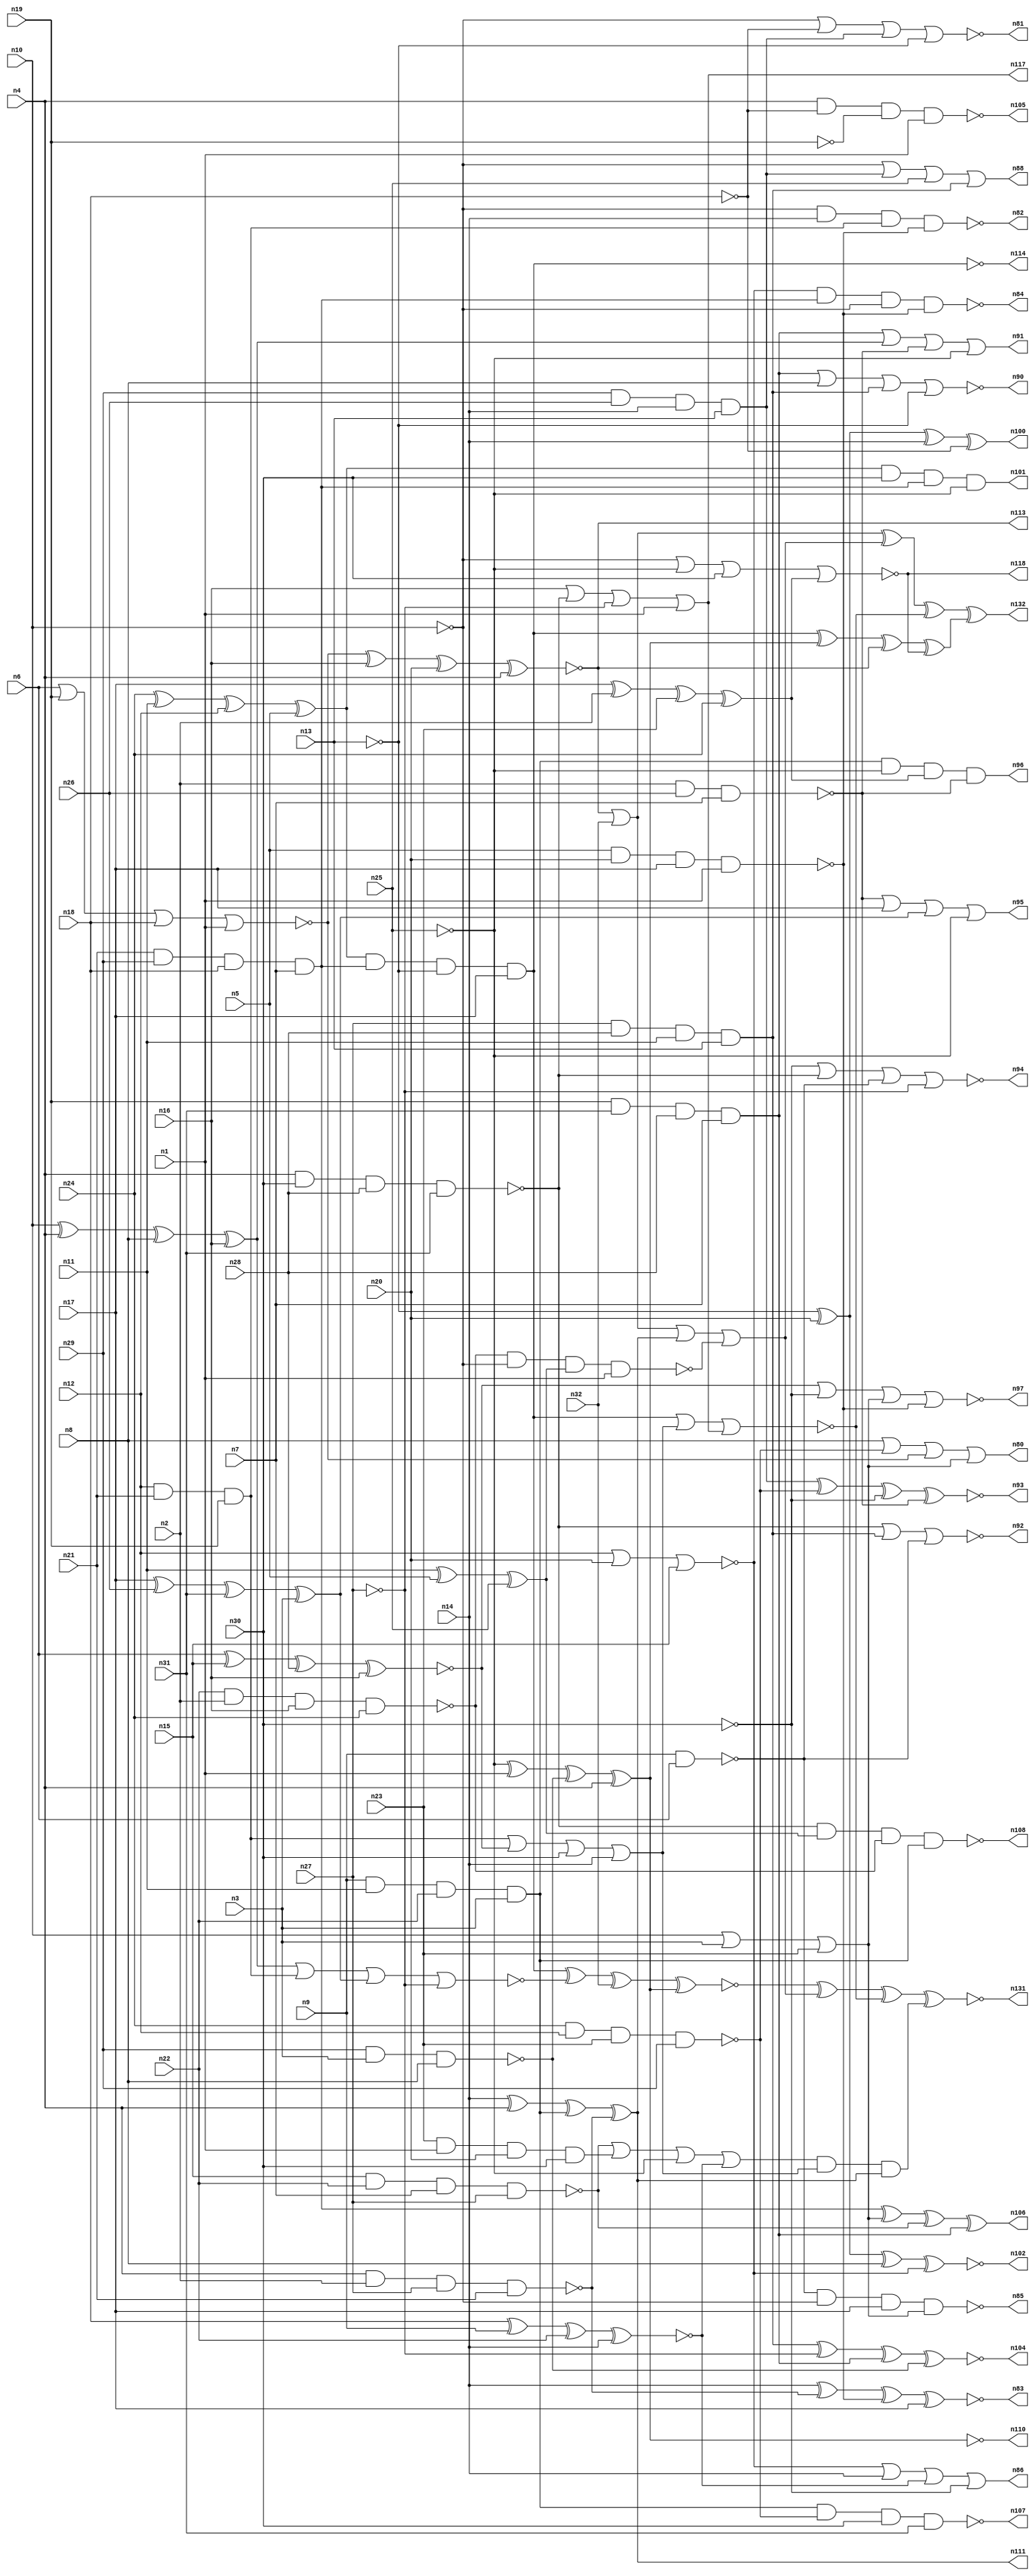
// Benchmark C:\Users\Lucas Nestor\Documents\osu\sp21\esl\circuit_generation\Stats\4_6_generated_stats\Stat_100_510 written by SynthGen on 2021/04/05 11:08:38
module Stat_100_510( n1, n2, n3, n4, n5, n6, n7, n8,
 n9, n10, n11, n12, n13, n14, n15, n16,
 n17, n18, n19, n20, n21, n22, n23, n24,
 n25, n26, n27, n28, n29, n30, n31, n32,
 n86, n96, n117, n111, n81, n80, n108, n97,
 n92, n85, n94, n93, n106, n114, n107, n104,
 n95, n113, n102, n110, n90, n84, n82, n91,
 n88, n83, n118, n101, n105, n100, n132, n131);

input n1, n2, n3, n4, n5, n6, n7, n8,
 n9, n10, n11, n12, n13, n14, n15, n16,
 n17, n18, n19, n20, n21, n22, n23, n24,
 n25, n26, n27, n28, n29, n30, n31, n32;

output n86, n96, n117, n111, n81, n80, n108, n97,
 n92, n85, n94, n93, n106, n114, n107, n104,
 n95, n113, n102, n110, n90, n84, n82, n91,
 n88, n83, n118, n101, n105, n100, n132, n131;

wire n33, n34, n35, n36, n37, n38, n39, n40,
 n41, n42, n43, n44, n45, n46, n47, n48,
 n49, n50, n51, n52, n53, n54, n55, n56,
 n57, n58, n59, n60, n61, n62, n63, n64,
 n65, n66, n67, n68, n69, n70, n71, n72,
 n73, n74, n75, n76, n77, n78, n79, n87,
 n89, n98, n99, n103, n109, n112, n115, n116,
 n119, n120, n121, n122, n123, n124, n125, n126,
 n127, n128, n129, n130;

not  g0 (n38, n13);
not  g1 (n48, n13);
buf  g2 (n37, n25);
not  g3 (n52, n27);
not  g4 (n71, n25);
buf  g5 (n54, n14);
buf  g6 (n50, n8);
buf  g7 (n55, n14);
buf  g8 (n56, n20);
buf  g9 (n65, n1);
not  g10 (n69, n10);
buf  g11 (n74, n17);
not  g12 (n40, n19);
not  g13 (n53, n30);
not  g14 (n75, n25);
not  g15 (n68, n18);
buf  g16 (n76, n30);
buf  g17 (n42, n31);
not  g18 (n61, n10);
buf  g19 (n77, n4);
buf  g20 (n46, n16);
or   g21 (n59, n10, n3, n23);
and  g22 (n36, n23, n1, n20, n30);
and  g23 (n66, n29, n26, n14, n13);
xor  g24 (n34, n17, n2, n23, n24);
and  g25 (n57, n19, n31, n28, n7);
xor  g26 (n79, n17, n26, n31, n3);
and  g27 (n62, n9, n11, n22, n3);
xnor g28 (n63, n6, n15, n28, n16);
nor  g29 (n45, n6, n19, n18, n1);
xor  g30 (n35, n10, n4, n8, n16);
xnor g31 (n43, n18, n9, n22, n14);
nand g32 (n67, n24, n12, n23, n29);
xor  g33 (n33, n11, n5, n25);
xor  g34 (n41, n24, n11, n12, n5);
and  g35 (n64, n21, n29, n18, n7);
nand g36 (n51, n9, n6);
and  g37 (n72, n12, n21, n19);
nand g38 (n70, n5, n20, n17, n1);
nand g39 (n44, n22, n2, n16, n24);
and  g40 (n73, n27, n28, n11, n13);
nand g41 (n60, n29, n3, n8);
nand g42 (n39, n15, n22, n7, n27);
nand g43 (n58, n4, n30, n28, n31);
nor  g44 (n78, n12, n20, n15);
nand g45 (n47, n4, n2, n27, n21);
nand g46 (n49, n2, n26, n7);
nor  g47 (n94, n53, n58, n51, n52);
or   g48 (n80, n50, n67, n45, n59);
nor  g49 (n97, n63, n53, n59, n70);
nand g50 (n114, n41, n64, n38, n74);
nor  g51 (n81, n69, n68, n66, n48);
or   g52 (n117, n46, n58, n52, n65);
or   g53 (n116, n39, n36, n75, n43);
xnor g54 (n104, n73, n52, n57, n60);
xnor g55 (n110, n71, n65, n60, n77);
or   g56 (n86, n78, n54, n43, n53);
or   g57 (n109, n48, n78, n47, n67);
xnor g58 (n102, n48, n56, n50, n78);
xnor g59 (n83, n55, n47, n70, n74);
xor  g60 (n111, n54, n77, n62, n47);
nand g61 (n107, n62, n67, n76, n42);
nor  g62 (n118, n61, n75, n76, n34);
xor  g63 (n100, n38, n56, n55, n68);
and  g64 (n101, n41, n76, n64, n75);
or   g65 (n88, n61, n66, n37, n73);
xnor g66 (n113, n45, n46, n56, n77);
nor  g67 (n92, n58, n73, n51);
or   g68 (n87, n79, n60, n66, n40);
nor  g69 (n90, n57, n50, n73, n48);
xor  g70 (n106, n64, n59, n39, n57);
xnor g71 (n103, n60, n63, n55, n36);
nand g72 (n85, n51, n69, n74, n59);
xnor g73 (n89, n68, n37, n54, n50);
or   g74 (n95, n49, n74, n79, n75);
nand g75 (n84, n78, n64, n61, n70);
nor  g76 (n119, n35, n72, n79, n52);
or   g77 (n91, n57, n35, n49, n71);
nand g78 (n108, n58, n33, n44, n62);
nand g79 (n115, n44, n61, n33, n65);
xnor g80 (n93, n66, n67, n53, n49);
nand g81 (n82, n69, n55, n72, n70);
nand g82 (n105, n77, n68, n40, n65);
and  g83 (n96, n62, n71, n34, n49);
nor  g84 (n99, n47, n79, n69, n71);
nor  g85 (n112, n72, n63, n76, n54);
and  g86 (n98, n56, n72, n42, n63);
buf  g87 (n122, n111);
not  g88 (n121, n114);
buf  g89 (n124, n113);
not  g90 (n123, n112);
not  g91 (n120, n110);
nor  g92 (n129, n121, n123, n117);
or   g93 (n130, n124, n32, n122, n115);
xnor g94 (n127, n121, n119, n32, n120);
or   g95 (n128, n124, n32);
xor  g96 (n126, n121, n120, n124, n118);
and  g97 (n125, n116, n123, n122);
xor  g98 (n132, n128, n130, n129, n126);
xnor g99 (n131, n127, n130, n129, n125);
endmodule